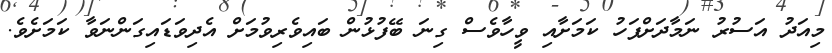
މިއަދު އަސުރު ނަމާދަށްފަހު ކަމަށާއި ވީހާވެސް ގިނަ ބޭފުޅުން ބައިވެރިވުމަށް އެދިވަޑައިގަންނަވާ ކަމަށެވެ.